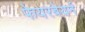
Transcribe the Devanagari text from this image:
फेयरबेयर्न